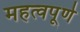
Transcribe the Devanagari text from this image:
महत्‍वपूर्ण